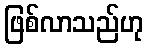
ဖြစ်လာသည်ဟု